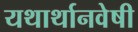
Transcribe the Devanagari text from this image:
यथार्थानवेषी